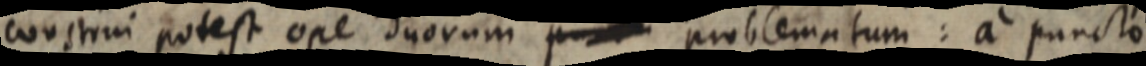
construi potest ope duorum p_ problematum: a puncto